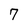
Character: 7